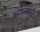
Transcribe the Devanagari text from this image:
कापसापरी